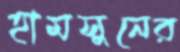
হামসুনের